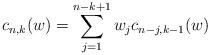
LaTeX: \begin{align*} c_{n,k}(w) = \sum_{j= 1}^{n-k+1} w_j c_{n-j,k-1}(w)\end{align*}